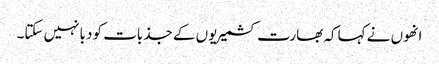
انھوں نے کہاکہ بھارت کشمیریوں کے جذبات کو دبانہیں سکتا۔